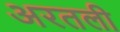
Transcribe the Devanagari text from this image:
अरतली